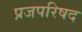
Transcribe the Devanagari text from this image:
प्रजपरिषद